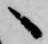
へ